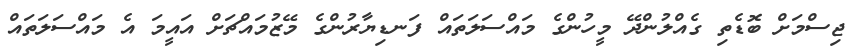
ޖިސްމަށް ބޮޑެތި ގެއްލުންދޭ މީހުންގެ މައްސަލަތައް ފަނޑިޔާރުންގެ މޭޒުމައްޗަށް އައީމަ އެ މައްސަލަތައް